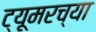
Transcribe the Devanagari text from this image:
ट्यूमरच्या